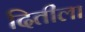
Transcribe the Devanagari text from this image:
दितीला